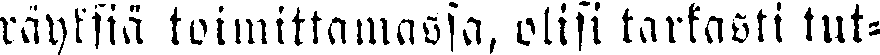
räyksiä toimittamassa, olisi tarkasti tut-